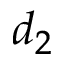
d _ { 2 }